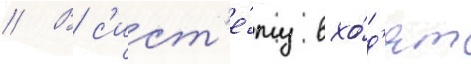
// В с'ист'е́му вхо́д'ят